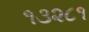
૧૩૨૮૧